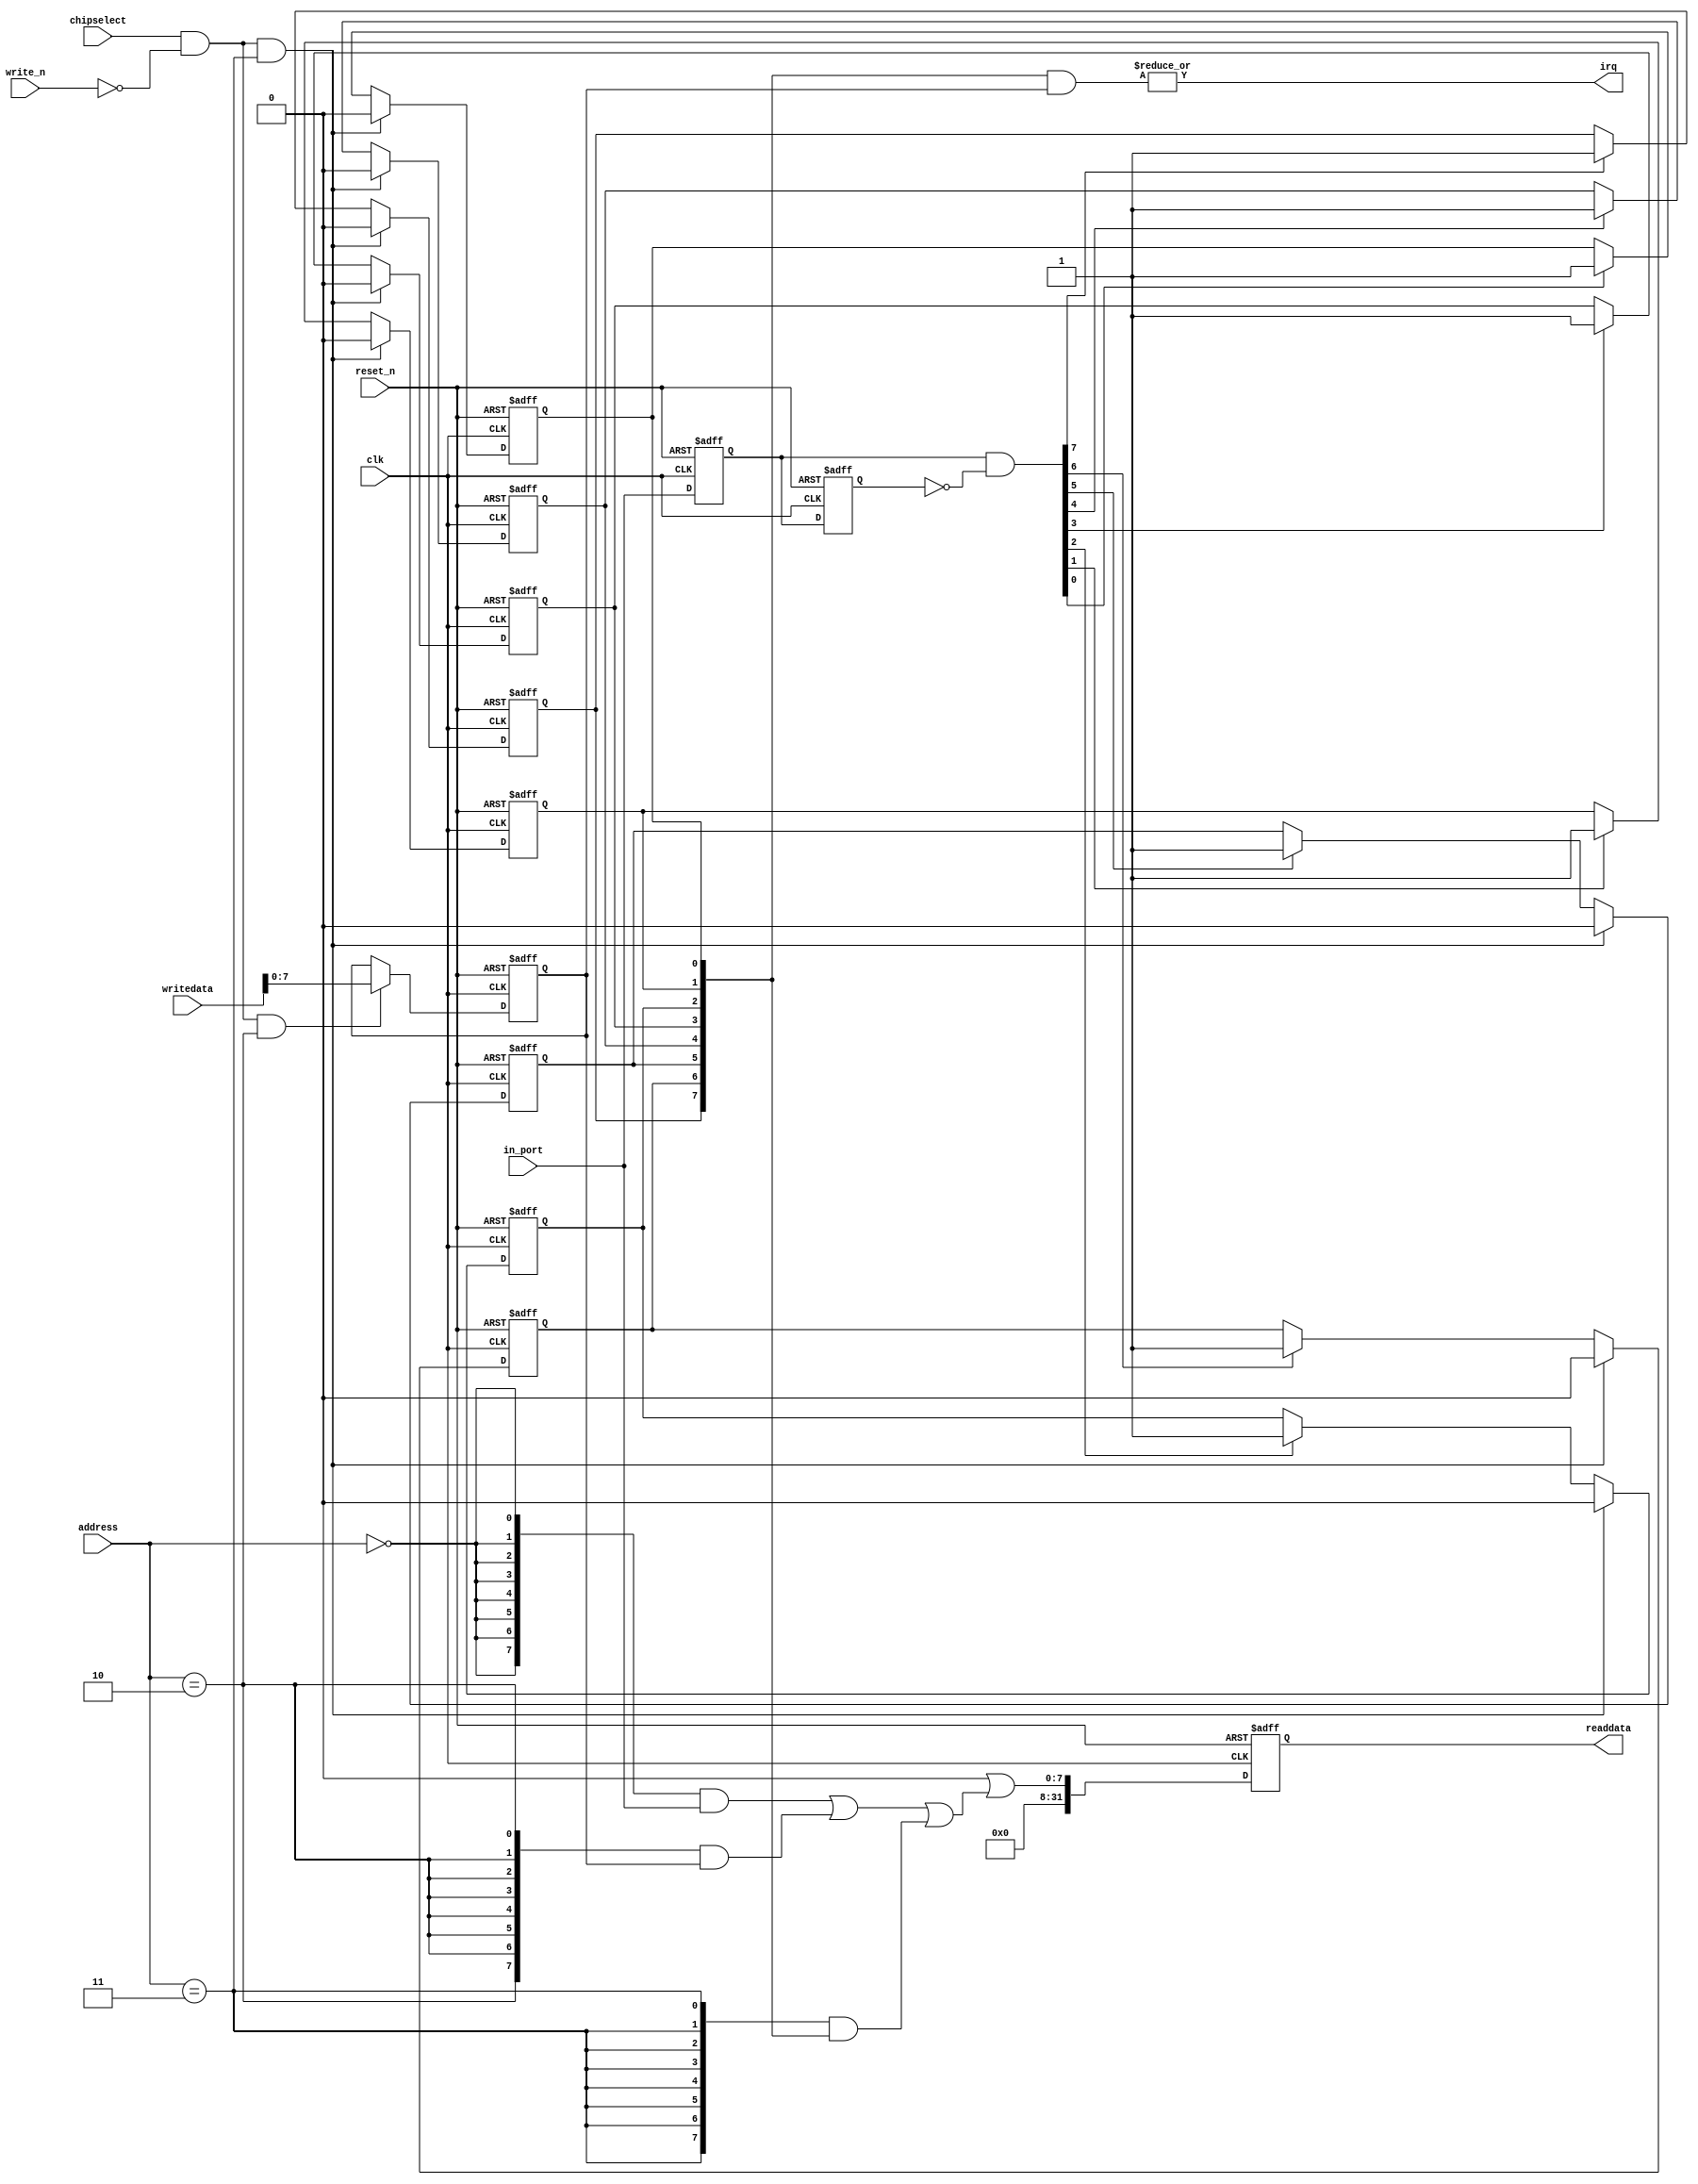
//Legal Notice: (C)2016 Altera Corporation. All rights reserved.  Your
//use of Altera Corporation's design tools, logic functions and other
//software and tools, and its AMPP partner logic functions, and any
//output files any of the foregoing (including device programming or
//simulation files), and any associated documentation or information are
//expressly subject to the terms and conditions of the Altera Program
//License Subscription Agreement or other applicable license agreement,
//including, without limitation, that your use is for the sole purpose
//of programming logic devices manufactured by Altera and sold by Altera
//or its authorized distributors.  Please refer to the applicable
//agreement for further details.

// synthesis translate_off
`timescale 1ns / 1ps
// synthesis translate_on

// turn off superfluous verilog processor warnings 
// altera message_level Level1 
// altera message_off 10034 10035 10036 10037 10230 10240 10030 

module i2c_nios_pio_in (
                         // inputs:
                          address,
                          chipselect,
                          clk,
                          in_port,
                          reset_n,
                          write_n,
                          writedata,

                         // outputs:
                          irq,
                          readdata
                       )
;

  output           irq;
  output  [ 31: 0] readdata;
  input   [  1: 0] address;
  input            chipselect;
  input            clk;
  input   [  7: 0] in_port;
  input            reset_n;
  input            write_n;
  input   [ 31: 0] writedata;

  wire             clk_en;
  reg     [  7: 0] d1_data_in;
  reg     [  7: 0] d2_data_in;
  wire    [  7: 0] data_in;
  reg     [  7: 0] edge_capture;
  wire             edge_capture_wr_strobe;
  wire    [  7: 0] edge_detect;
  wire             irq;
  reg     [  7: 0] irq_mask;
  wire    [  7: 0] read_mux_out;
  reg     [ 31: 0] readdata;
  assign clk_en = 1;
  //s1, which is an e_avalon_slave
  assign read_mux_out = ({8 {(address == 0)}} & data_in) |
    ({8 {(address == 2)}} & irq_mask) |
    ({8 {(address == 3)}} & edge_capture);

  always @(posedge clk or negedge reset_n)
    begin
      if (reset_n == 0)
          readdata <= 0;
      else if (clk_en)
          readdata <= {32'b0 | read_mux_out};
    end


  assign data_in = in_port;
  always @(posedge clk or negedge reset_n)
    begin
      if (reset_n == 0)
          irq_mask <= 0;
      else if (chipselect && ~write_n && (address == 2))
          irq_mask <= writedata[7 : 0];
    end


  assign irq = |(edge_capture & irq_mask);
  assign edge_capture_wr_strobe = chipselect && ~write_n && (address == 3);
  always @(posedge clk or negedge reset_n)
    begin
      if (reset_n == 0)
          edge_capture[0] <= 0;
      else if (clk_en)
          if (edge_capture_wr_strobe)
              edge_capture[0] <= 0;
          else if (edge_detect[0])
              edge_capture[0] <= -1;
    end


  always @(posedge clk or negedge reset_n)
    begin
      if (reset_n == 0)
          edge_capture[1] <= 0;
      else if (clk_en)
          if (edge_capture_wr_strobe)
              edge_capture[1] <= 0;
          else if (edge_detect[1])
              edge_capture[1] <= -1;
    end


  always @(posedge clk or negedge reset_n)
    begin
      if (reset_n == 0)
          edge_capture[2] <= 0;
      else if (clk_en)
          if (edge_capture_wr_strobe)
              edge_capture[2] <= 0;
          else if (edge_detect[2])
              edge_capture[2] <= -1;
    end


  always @(posedge clk or negedge reset_n)
    begin
      if (reset_n == 0)
          edge_capture[3] <= 0;
      else if (clk_en)
          if (edge_capture_wr_strobe)
              edge_capture[3] <= 0;
          else if (edge_detect[3])
              edge_capture[3] <= -1;
    end


  always @(posedge clk or negedge reset_n)
    begin
      if (reset_n == 0)
          edge_capture[4] <= 0;
      else if (clk_en)
          if (edge_capture_wr_strobe)
              edge_capture[4] <= 0;
          else if (edge_detect[4])
              edge_capture[4] <= -1;
    end


  always @(posedge clk or negedge reset_n)
    begin
      if (reset_n == 0)
          edge_capture[5] <= 0;
      else if (clk_en)
          if (edge_capture_wr_strobe)
              edge_capture[5] <= 0;
          else if (edge_detect[5])
              edge_capture[5] <= -1;
    end


  always @(posedge clk or negedge reset_n)
    begin
      if (reset_n == 0)
          edge_capture[6] <= 0;
      else if (clk_en)
          if (edge_capture_wr_strobe)
              edge_capture[6] <= 0;
          else if (edge_detect[6])
              edge_capture[6] <= -1;
    end


  always @(posedge clk or negedge reset_n)
    begin
      if (reset_n == 0)
          edge_capture[7] <= 0;
      else if (clk_en)
          if (edge_capture_wr_strobe)
              edge_capture[7] <= 0;
          else if (edge_detect[7])
              edge_capture[7] <= -1;
    end


  always @(posedge clk or negedge reset_n)
    begin
      if (reset_n == 0)
        begin
          d1_data_in <= 0;
          d2_data_in <= 0;
        end
      else if (clk_en)
        begin
          d1_data_in <= data_in;
          d2_data_in <= d1_data_in;
        end
    end


  assign edge_detect = d1_data_in & ~d2_data_in;

endmodule